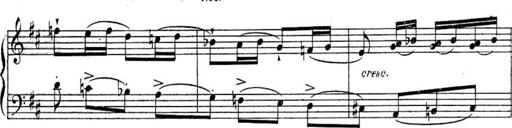
Title: Sonatines
Composer: Hedwige ChrÃ©tien